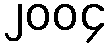
၂၀၀၄